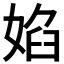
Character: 𭒃